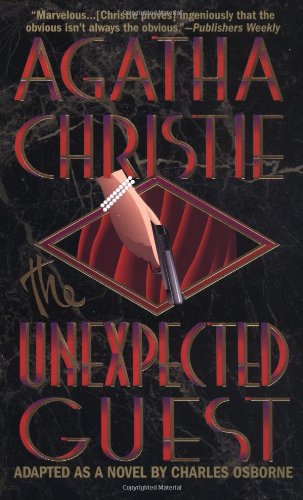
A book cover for The Unexpected Guest: Travels in Afghanistan (St. Martin's Minotaur Mysteries); Agatha Christie; Travel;